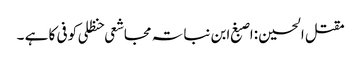
مقتل الحسین :اصبغ ابن نباتہ مجاشعی حنظلی کوفی کا ہے ۔